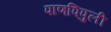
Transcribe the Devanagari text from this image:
पाणपिपुली